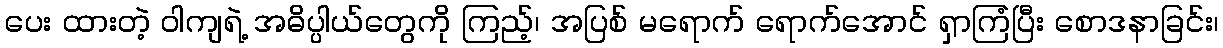
ပေး ထားတဲ့ ဝါကျရဲ့ အဓိပ္ပါယ်တွေကို ကြည့်၊ အပြစ် မရောက် ရောက်အောင် ရှာကြံပြီး စောဒနာခြင်း၊